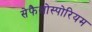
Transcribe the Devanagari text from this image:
सेफैलोस्पोरियम